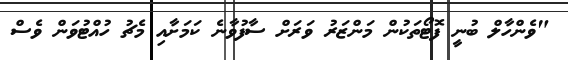
"ވެންހާލް ބުނީ ފޮޓޯތަކުން މަންޒަރު ވަރަށް ސާފުވާނެ ކަމަށާއި މެޗު ހުއްޓުވަން ވެސް